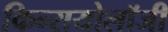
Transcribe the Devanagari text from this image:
किन्सयोलॉजी